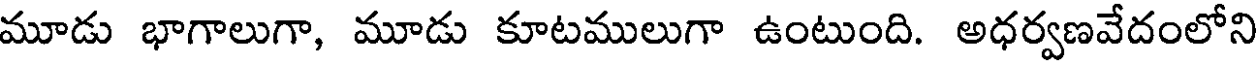
మూడు భాగాలుగా, మూడు కూటములుగా ఉంటుంది. అధర్వణవేదంలోని